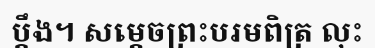
ប្តឹង។ សម្តេចព្រះបរមពិត្រ លុះ